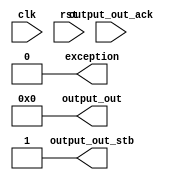
module main_10 (output_out_ack,clk,rst,output_out,output_out_stb,exception);
  input output_out_ack;
  input clk;
  input rst;
  output [31:0] output_out;
  output output_out_stb;
  output exception;

  assign output_out = 0;
  assign output_out_stb = 1;
  assign exception = 0;
endmodule